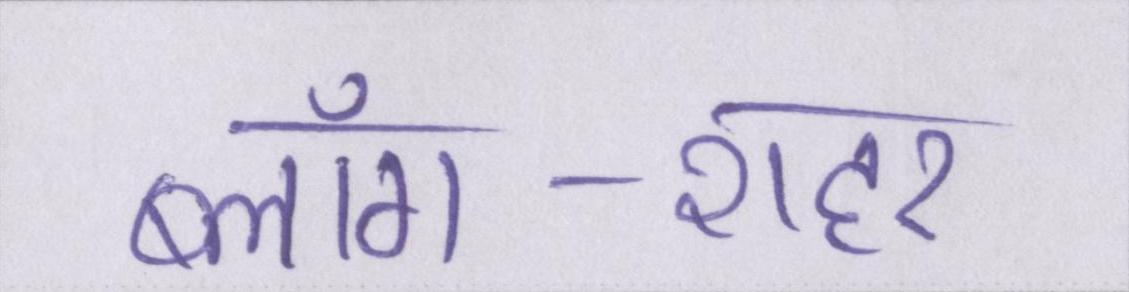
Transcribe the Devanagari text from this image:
ब्लॉग-शहर